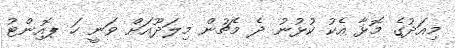
މިއަދުގެ މޮޅާ އެކު ކުޅުނު ދެ މެޗުން މިލަދޫއަށް ވަނީ ހަ ޕޮއިންޓު